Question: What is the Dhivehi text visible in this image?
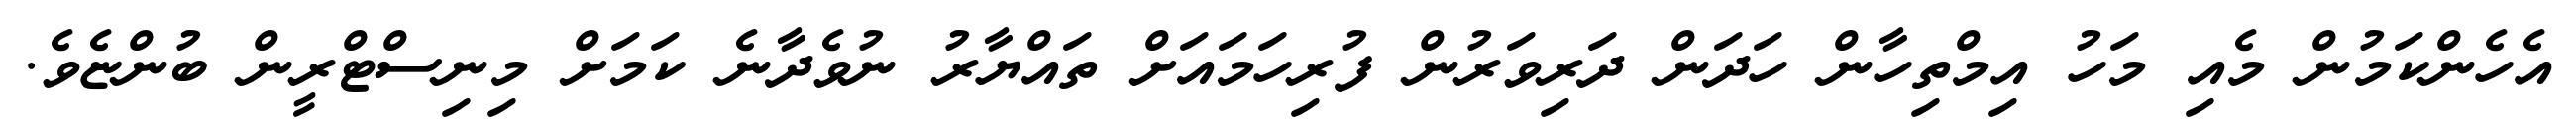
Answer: އެހެންކަމުން މެއި މަހު އިމްތިހާން ހަދަން ދަރިވަރުން ފުރިހަމައަށް ތައްޔާރު ނުވެދާނެ ކަމަށް މިނިސްޓްރީން ބުންޏެވެ.